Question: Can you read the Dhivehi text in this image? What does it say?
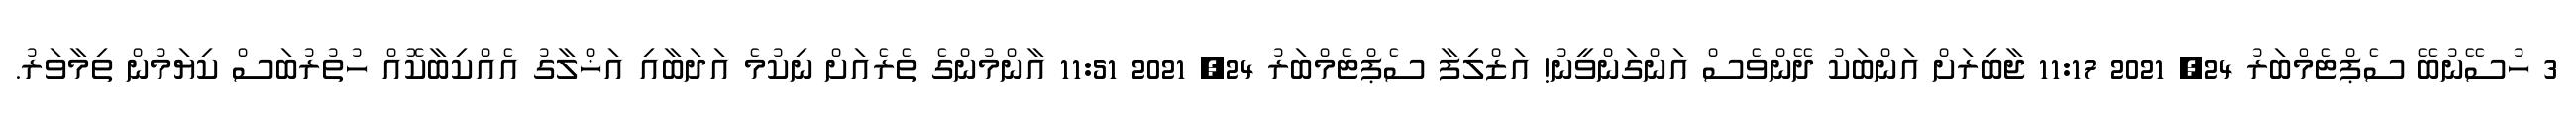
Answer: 3 ހުސޭނުބޭ ސެޕްޓެމްބަރު 24, 2021 11:17 ޖާބިރަށް އަންބަކު ދޭންވެސް އަންގަންވީނު! އަޒްލިފާ ސެޕްޓެމްބަރު 24, 2021 11:51 އާންމުންގެ ތެރެއަށް ނިކުމެ އަދަބާއި އަޚްލާގު އެއްކިބާކޮއް ހުތުރުބަސް ކިޔަމުން ތިމާވަރު.